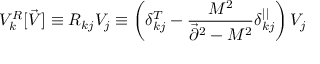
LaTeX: V _ { k } ^ { R } [ \vec { V } ] \equiv R _ { k j } V _ { j } \equiv \left( \delta _ { k j } ^ { T } - { \frac { M ^ { 2 } } { \vec { \partial } ^ { 2 } - M ^ { 2 } } } \delta _ { k j } ^ { | | } \right) V _ { j }